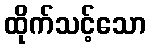
ထိုက်သင့်သော